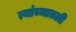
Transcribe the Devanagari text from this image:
त्यांच्यातली